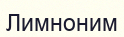
Лимноним